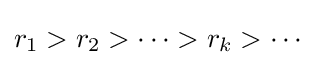
r_{1}>r_{2}>\cdots >r_{k}>\cdots